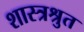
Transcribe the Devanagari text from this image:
शास्त्रश्रुत